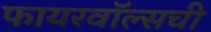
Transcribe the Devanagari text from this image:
फायरवॉल्सची